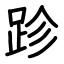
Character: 跈